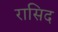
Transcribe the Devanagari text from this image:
रासिद